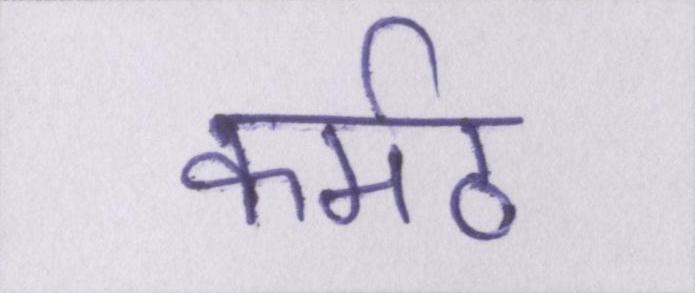
कर्मठ